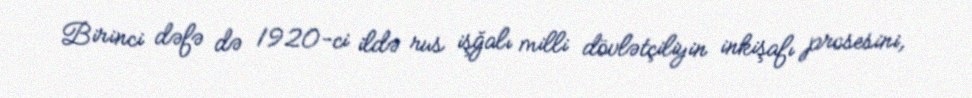
Birinci dəfə də 1920-ci ildə rus işğalı milli dövlətçiliyin inkişafı prosesini,